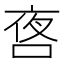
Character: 㖱